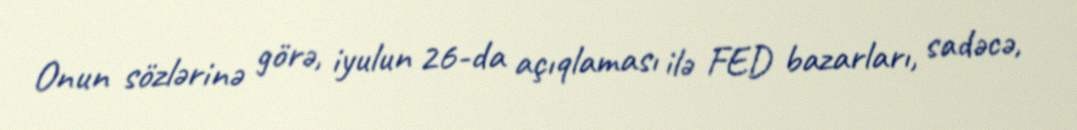
Onun sözlərinə görə, iyulun 26-da açıqlaması ilə FED bazarları, sadəcə,